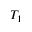
T _ { 1 }